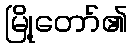
မြို့တော်၏